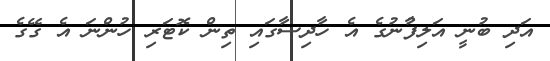
އަދި ބުނީ އަލިފާުނުގެ އެ ހާދިސާގައި ތިން ކޮޓަރި ހުންނަ އެ ގޭގެ